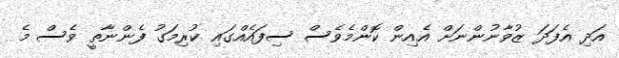
އަދި އެފަދަ ޒުވާނުންނަށް އެއިން ކޮންމެވެސް ސިފައެއްގައި ކުރިމަގު ފެންނާތީ ވެސް މެ